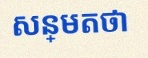
សន្មតថា